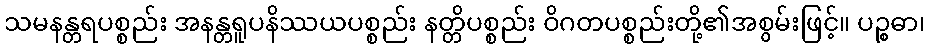
သမနန္တရပစ္စည်း အနန္တရူပနိဿယပစ္စည်း နတ္တိပစ္စည်း ဝိဂတပစ္စည်းတို့၏အစွမ်းဖြင့်။ ပဉ္စဓာ၊